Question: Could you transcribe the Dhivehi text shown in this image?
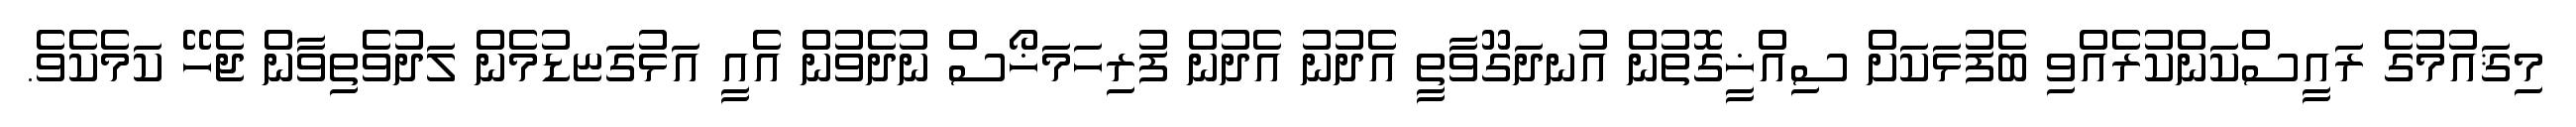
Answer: މިޤައުމުގެ ރައީސްކަންކުރެއްވި ބެފުޅަކަށް ސިއްޚީގޮތުން އުނދަގޫވާތީ އެދުނު އެދުން ފުރިހަމަޚޯސް ނުދެވުން އެއީ އަޅުގަޏޑުމެން ލަދުވެތިވާން ޖެހޭ ކަމެކެވެ.